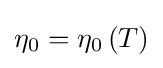
\eta _{0}=\eta _{0}\left(T\right)